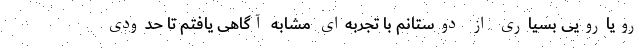
رویارویی بسیاری از دوستانم با تجربه‌ای مشابه آگاهی یافتم تا حدودی